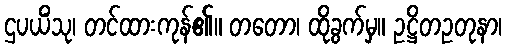
ဌပယိံသု၊ တင်ထားကုန်၏။ တတော၊ ထိုခွက်မှ။ ဥဋ္ဌိတဥတုနာ၊